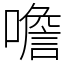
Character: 噡